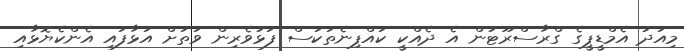
މިއަދު އެމްޑީޕީގެ ގްރާސްރޫޓުން އެ ދެއްކީ ކައްޕިނެތަކަސް ފަޅުވެރިން ވަތަށް އަޅާފައި އެންކެޔޮޅާއި